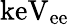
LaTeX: \mathrm{keV_{ee}}